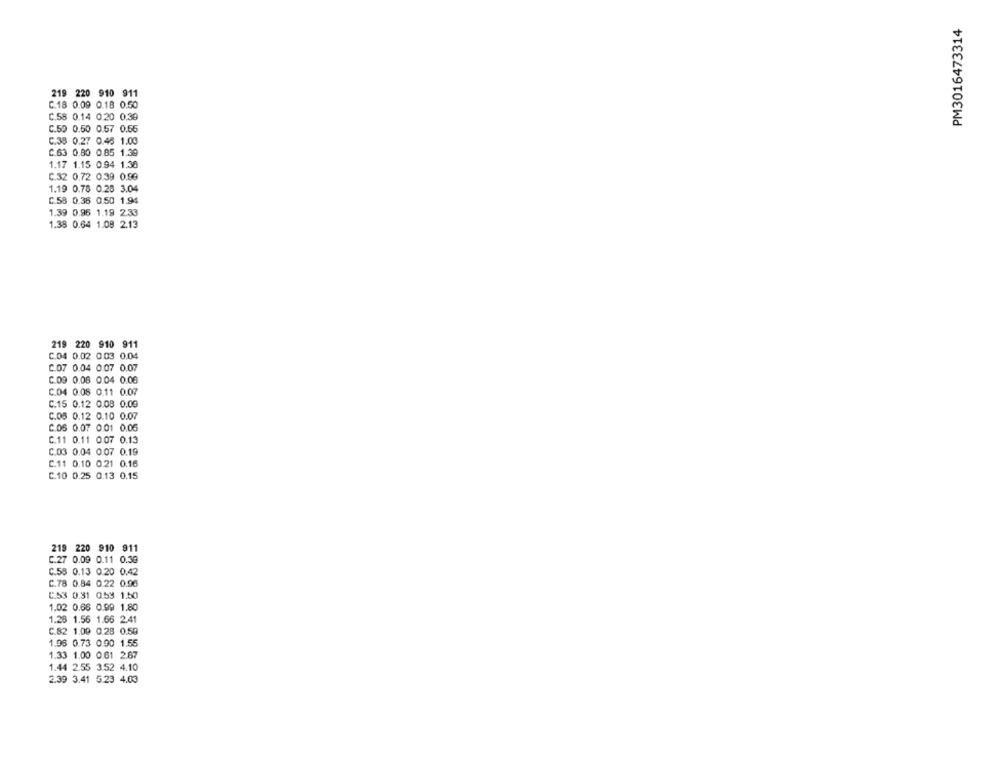
PM3016473314
219 220 910 911
C.18 0.09 0.18 0.50
C.58 0.14 0.20 0.39
C.50 0.50 0.57 0.55
C.38 0.27 0.48 1.00
C.63 0.80 0.85 1.39
1.17 1.15 0.94 1.38
C.32 0.72 0.39 0.99
1.19 0.78 0.28 3.04
C.58 0.36 0.50 1.94
1.39 0.96 1.19 2.33
1.38 0.64 1.08 2.13
219 220 910 911
C.04 0.02 0.03 0.04
C.07 0.04 0.07 0.07
C.09 0.08 0.04 0.08
C.04 0.08 0.11 0.07
C.15 0.12 0.08 0.09
C.08 0.12 0.10 0.07
C.06 0.07 0.01 0.06
C.11 0.11 0.07 0.13
C.03 0.04 0.07 0.19
C.11 0.10 0.21 0.16
C.10 0.25 0.13 0.15
219 220 910 911
C.27 0.09 0.11 0.30
C.58 0.13 0.20 0.42
C.78 0.84 0.22 0.96
C.53 0.31 0.53 1.50
1.02 0.66 0.99 1.80
1.28 1.56 1.66 2.41
C.82 1.09 0.28 0.50
1.96 0.73 0.90 1.55
1.33 1.00 0.61 2.87
1.44 2.55 3.52 4.10
2.39 3.41 5.23 4.03